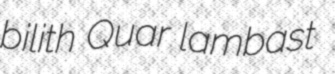
bilith Quar lambast